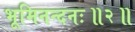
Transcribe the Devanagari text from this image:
भूमिनन्दनः॥२॥